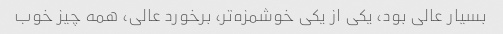
بسیار عالى بود، یکى از یکى خوشمزه‌تر، برخورد عالى، همه چیز خوب